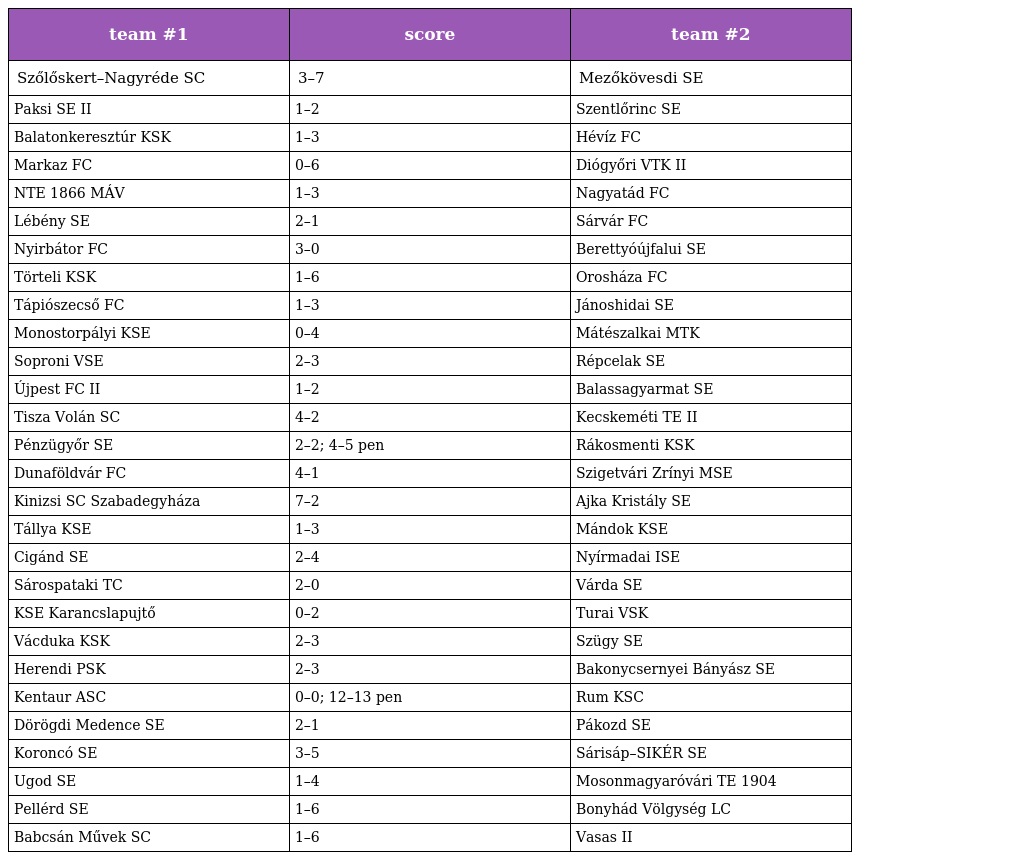
| team #1 | score | team #2 |
 | --- | --- | --- |
 | Szőlőskert–Nagyréde SC | 3–7 | Mezőkövesdi SE |
 | Paksi SE II | 1–2 | Szentlőrinc SE |
 | Balatonkeresztúr KSK | 1–3 | Hévíz FC |
 | Markaz FC | 0–6 | Diógyőri VTK II |
 | NTE 1866 MÁV | 1–3 | Nagyatád FC |
 | Lébény SE | 2–1 | Sárvár FC |
 | Nyirbátor FC | 3–0 | Berettyóújfalui SE |
 | Törteli KSK | 1–6 | Orosháza FC |
 | Tápiószecső FC | 1–3 | Jánoshidai SE |
 | Monostorpályi KSE | 0–4 | Mátészalkai MTK |
 | Soproni VSE | 2–3 | Répcelak SE |
 | Újpest FC II | 1–2 | Balassagyarmat SE |
 | Tisza Volán SC | 4–2 | Kecskeméti TE II |
 | Pénzügyőr SE | 2–2; 4–5 pen | Rákosmenti KSK |
 | Dunaföldvár FC | 4–1 | Szigetvári Zrínyi MSE |
 | Kinizsi SC Szabadegyháza | 7–2 | Ajka Kristály SE |
 | Tállya KSE | 1–3 | Mándok KSE |
 | Cigánd SE | 2–4 | Nyírmadai ISE |
 | Sárospataki TC | 2–0 | Várda SE |
 | KSE Karancslapujtő | 0–2 | Turai VSK |
 | Vácduka KSK | 2–3 | Szügy SE |
 | Herendi PSK | 2–3 | Bakonycsernyei Bányász SE |
 | Kentaur ASC | 0–0; 12–13 pen | Rum KSC |
 | Dörögdi Medence SE | 2–1 | Pákozd SE |
 | Koroncó SE | 3–5 | Sárisáp–SIKÉR SE |
 | Ugod SE | 1–4 | Mosonmagyaróvári TE 1904 |
 | Pellérd SE | 1–6 | Bonyhád Völgység LC |
 | Babcsán Művek SC | 1–6 | Vasas II |